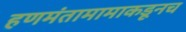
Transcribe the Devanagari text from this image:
हणमंतामामाकडूनच